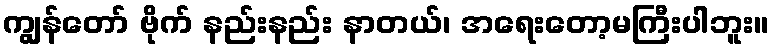
ကျွန်တော် ဗိုက် နည်းနည်း နာတယ်၊ အရေးတော့မကြီးပါဘူး။